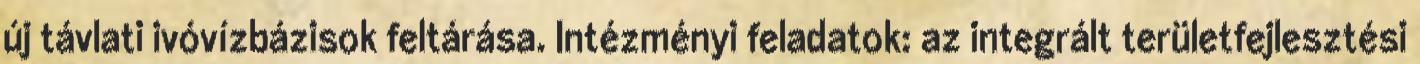
új távlati ivóvízbázisok feltárása. Intézményi feladatok: az integrált területfejlesztési